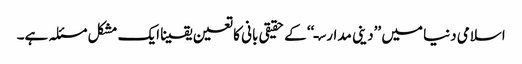
اسلامی دنیا میں ’’دینی مدارسـ‘‘ کے حقیقی بانی کا تعین یقینا ایک مشکل مسئلہ ہے۔